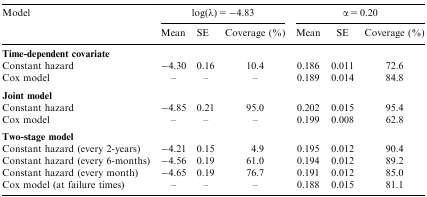
<table><thead><tr><td><b>Model</b></td><td colspan="3"><b>log(λ)=−4.83</b></td><td colspan="3"><b>α=0.20</b></td></tr><tr><td></td><td><b>Mean</b></td><td><b>SE</b></td><td><b>Coverage (%)</b></td><td><b>Mean</b></td><td><b>SE</b></td><td><b>Coverage (%)</b></td></tr></thead><tbody><tr><td colspan="7"><b>Time-dependent covariate</b></td></tr><tr><td>Constant hazard</td><td>−4.30</td><td>0.16</td><td>10.4</td><td>0.186</td><td>0.011</td><td>72.6</td></tr><tr><td>Cox model</td><td>–</td><td>–</td><td>–</td><td>0.189</td><td>0.014</td><td>84.8</td></tr><tr><td colspan="7"><b>Joint model</b></td></tr><tr><td>Constant hazard</td><td>−4.85</td><td>0.21</td><td>95.0</td><td>0.202</td><td>0.015</td><td>95.4</td></tr><tr><td>Cox model</td><td>–</td><td>–</td><td>–</td><td>0.199</td><td>0.008</td><td>62.8</td></tr><tr><td colspan="7"><b>Two-stage model</b></td></tr><tr><td>Constant hazard (every 2-years)</td><td>−4.21</td><td>0.15</td><td>4.9</td><td>0.195</td><td>0.012</td><td>90.4</td></tr><tr><td>Constant hazard (every 6-months)</td><td>−4.56</td><td>0.19</td><td>61.0</td><td>0.194</td><td>0.012</td><td>89.2</td></tr><tr><td>Constant hazard (every month)</td><td>−4.65</td><td>0.19</td><td>76.7</td><td>0.191</td><td>0.012</td><td>85.0</td></tr><tr><td>Cox model (at failure times)</td><td>–</td><td>–</td><td>–</td><td>0.188</td><td>0.015</td><td>81.1</td></tr></tbody></table>